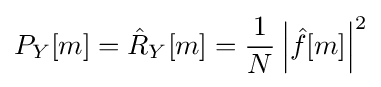
P_{Y}[m]={\hat {R}}_{Y}[m]={\frac {1}{N}}\left|{\hat {f}}[m]\right|^{2}